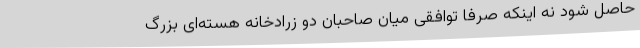
حاصل شود نه اینکه صرفا توافقی میان صاحبان دو زرادخانه هسته‌ای بزرگ